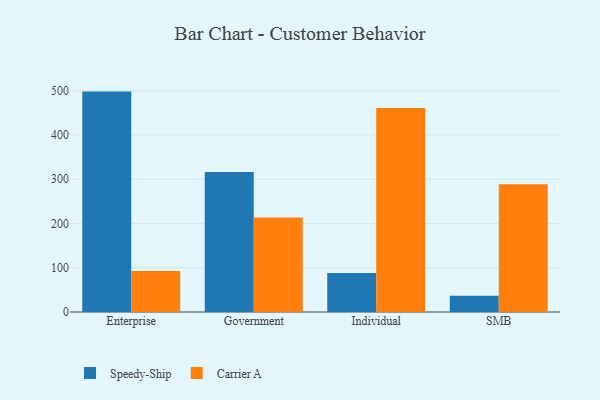
{"axis": {"x": "Segment", "y": "Waste Production (Tons)"}, "legend": ["Carrier A", "Speedy-Ship"], "data": [{"x": "Enterprise", "y": 498.1, "type": "Speedy-Ship"}, {"x": "Enterprise", "y": 92.6, "type": "Carrier A"}, {"x": "Government", "y": 316.5, "type": "Speedy-Ship"}, {"x": "Government", "y": 213.5, "type": "Carrier A"}, {"x": "Individual", "y": 87.9, "type": "Speedy-Ship"}, {"x": "Individual", "y": 461.3, "type": "Carrier A"}, {"x": "SMB", "y": 36.5, "type": "Speedy-Ship"}, {"x": "SMB", "y": 288.9, "type": "Carrier A"}]}